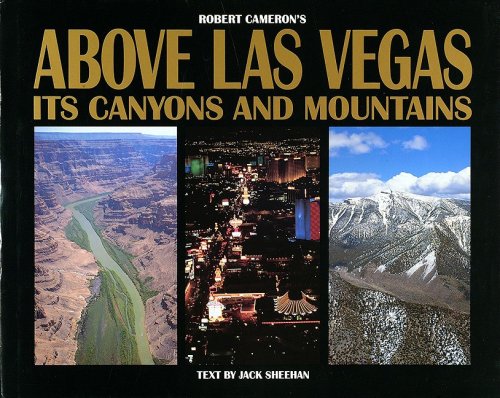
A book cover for Above Las Vegas: Its Canyons and Mountains; Jack Sheehan; Travel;